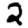
Digit: 2